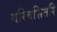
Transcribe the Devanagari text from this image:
वरिवसितरि